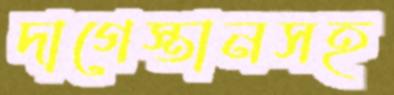
দাগেস্তানসহ